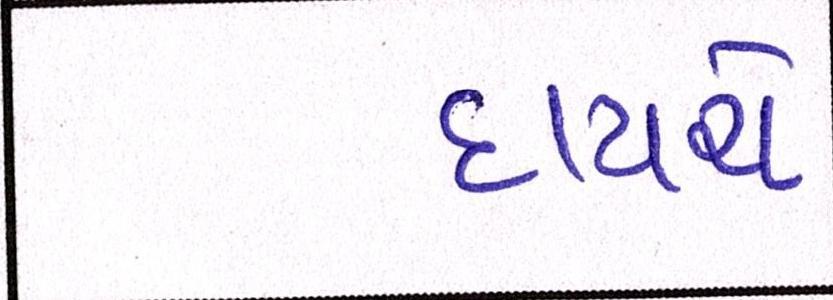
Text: દાયચે